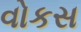
વોકસ